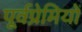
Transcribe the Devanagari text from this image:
पूर्वप्रेमियों